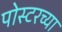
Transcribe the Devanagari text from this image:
पोस्टरच्या